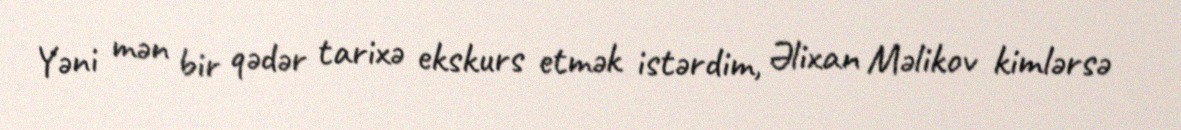
Yəni mən bir qədər tarixə ekskurs etmək istərdim, Əlixan Məlikov kimlərsə